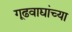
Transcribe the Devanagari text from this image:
गूढवाद्यांच्या